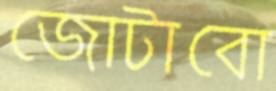
জোটাবো